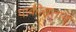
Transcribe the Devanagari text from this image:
पाकीसतान